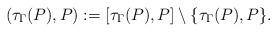
LaTeX: \begin{align*}(\tau_{\Gamma} (P) , P) := [\tau_{\Gamma} (P) , P]\setminus \{ \tau_{\Gamma} (P) , P \}.\end{align*}